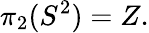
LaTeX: \pi_{2}(S^{2})=Z.